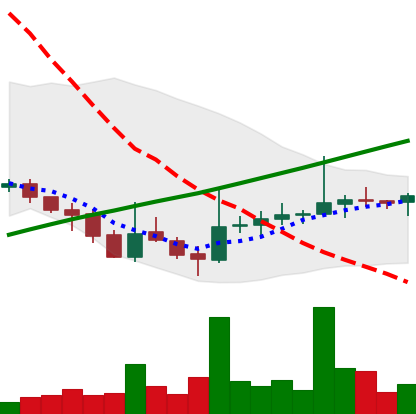
Ticker: DOGE-USD
Chart end date: 2021-07-30
Forward return: -3.511%
Label: down_3_5